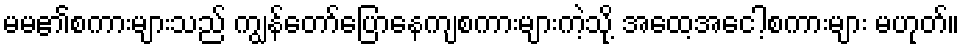
မမ၏စကားများသည် ကျွန်တော်ပြောနေကျစကားများကဲ့သို့ အထေ့အငေါ့စကားများ မဟုတ်။